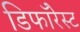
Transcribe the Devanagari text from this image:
डिफॉरेस्ट